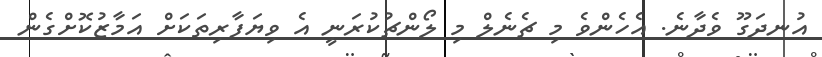
އުނދަގޫ ވެދާނެ. އެހެންވެ މި ޗެނެލް މި ލޯންޗުކުރަނީ އެ ވިޔަފާރިތަކަށް އަމާޒުކޮށްގެން